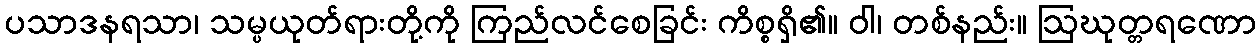
ပသာဒနရသာ၊ သမ္ပယုတ်ရားတို့ကို ကြည်လင်စေခြင်း ကိစ္စရှိ၏။ ဝါ၊ တစ်နည်း။ ဩဃုတ္တရဏော